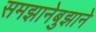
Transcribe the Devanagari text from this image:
समझानेबुझाने